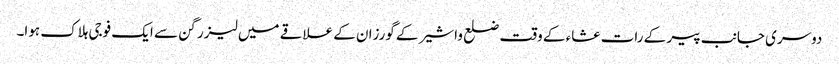
دوسری جانب پیر کے رات عشاء کے وقت ضلع واشیر کے گورزان کے علاقے میں لیزر گن سے ایک فوجی ہلاک ہوا۔